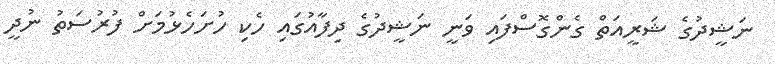
ނަޝީދުގެ ޝަރީއަތް ގެންގޮސްފައި ވަނީ ނަޝީދުގެ ދިފާއުގައި ހެކި ހުށަހެޅުމަށް ފުރުސަތު ނުދީ